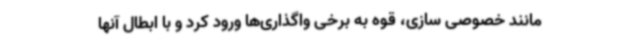
مانند خصوصی سازی، قوه به برخی واگذاری‌ها ورود کرد و با ابطال آنها